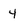
Character: 4